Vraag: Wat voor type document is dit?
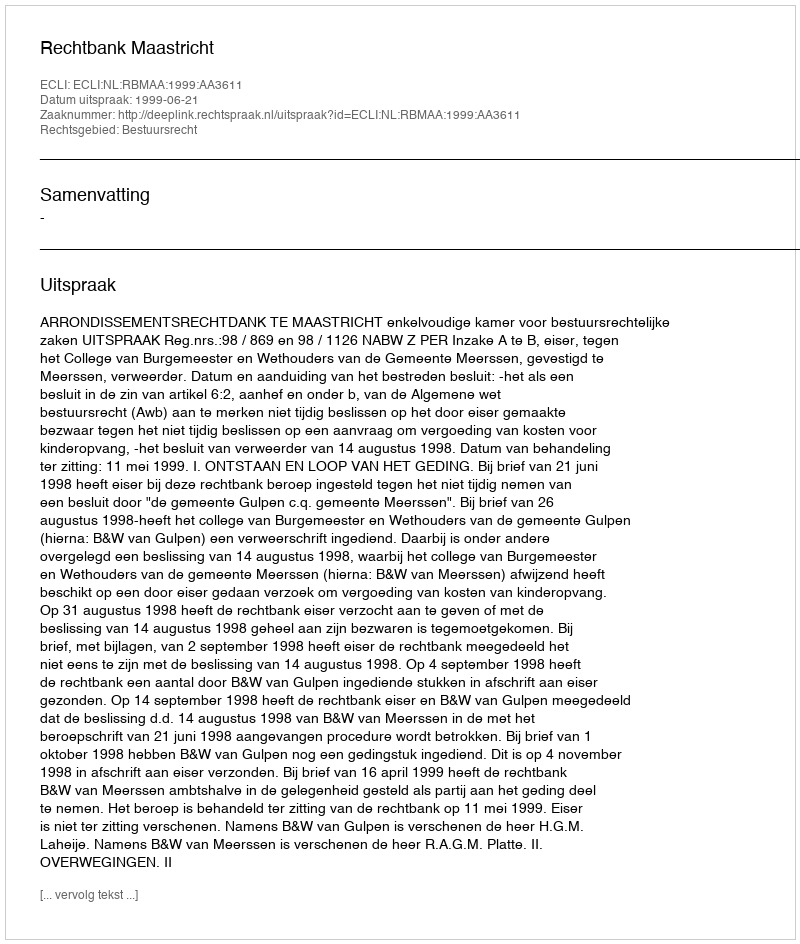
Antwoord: Uitspraak